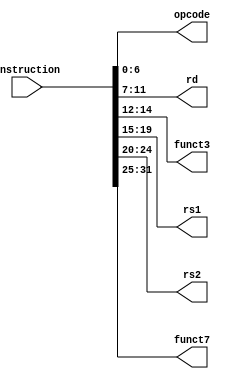
module Parser(
  input [31:0] instruction,
  output reg [6:0] opcode,
  output [4:0] rd,
  output [2:0] funct3,
  output [4:0] rs1,
  output [4:0] rs2,
  output [6:0] funct7 
);
  assign opcode = instruction[6:0];
  assign rd = instruction[11:7];
  assign funct3 = instruction[14:12];
  assign rs1  = instruction[19:15];
  assign rs2  = instruction[24:20];
  assign funct7  = instruction[31:25];
  
endmodule